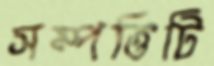
সম্পত্তিটি